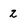
Character: 2